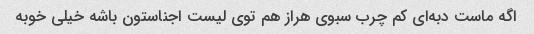
اگه ماست دبه‌ای کم چرب سبوی هراز هم توی لیست اجناستون باشه خیلی خوبه